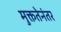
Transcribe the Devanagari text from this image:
मुक्ततेनंतर